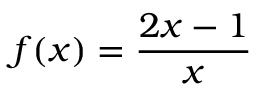
f ( x ) = { \frac { 2 x - 1 } { x } }